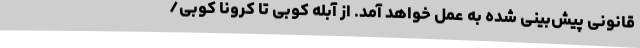
قانونی پیش‌بینی شده به عمل خواهد آمد. از آبله کوبی تا کرونا کوبی/